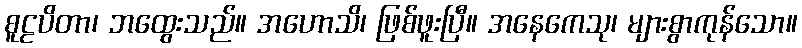
စူဠပိတာ၊ ဘထွေးသည်။ အဟောသိ၊ ဖြစ်ဖူးပြီ။ အနေကေသု၊ များစွာကုန်သော။